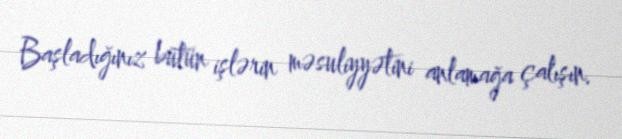
Başladığınız bütün işlərin məsuliyyətini anlamağa çalışın.